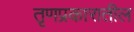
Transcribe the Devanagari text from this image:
तृणप्रकारातील